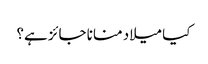
کیا میلاد منانا جائز ہے؟